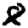
Digit: 8